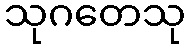
သုဂတေသု